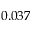
0 . 0 3 7